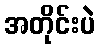
အတိုင်းပဲ